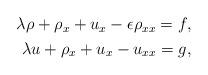
LaTeX: \begin{align*}\begin{aligned}\lambda\rho+\rho_x+u_x-\epsilon\rho_{xx}=f,\\\lambda u+\rho_x+u_x-u_{xx}=g,\end{aligned}\end{align*}